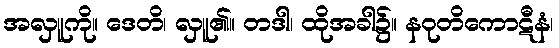
အလှူကို။ ဒေတိ၊ လှူ၏။ တဒါ၊ ထိုအခါ၌။ နဝုတိကောဋီနံ၊